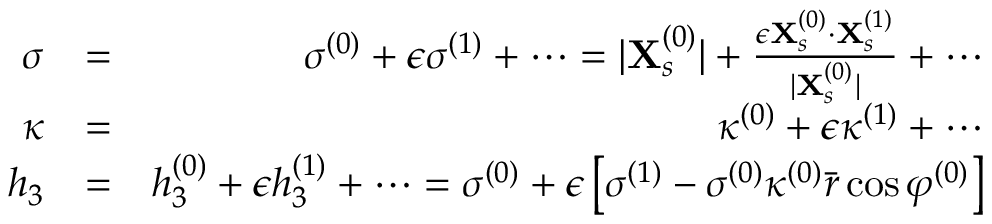
\begin{array} { r l r } { \sigma } & { = } & { \sigma ^ { ( 0 ) } + \epsilon \sigma ^ { ( 1 ) } + \cdots = | \mathbf { X } _ { s } ^ { ( 0 ) } | + \frac { \epsilon \mathbf { X } _ { s } ^ { ( 0 ) } \cdot \mathbf { X } _ { s } ^ { ( 1 ) } } { | \mathbf { X } _ { s } ^ { ( 0 ) } | } + \cdots } \\ { \kappa } & { = } & { \kappa ^ { ( 0 ) } + \epsilon \kappa ^ { ( 1 ) } + \cdots } \\ { h _ { 3 } } & { = } & { h _ { 3 } ^ { ( 0 ) } + \epsilon h _ { 3 } ^ { ( 1 ) } + \cdots = \sigma ^ { ( 0 ) } + \epsilon \left[ \sigma ^ { ( 1 ) } - \sigma ^ { ( 0 ) } \kappa ^ { ( 0 ) } \bar { r } \cos \varphi ^ { ( 0 ) } \right] } \end{array}